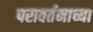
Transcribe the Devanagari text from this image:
परावर्तनाच्या